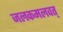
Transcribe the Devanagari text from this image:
जलकमलवत्